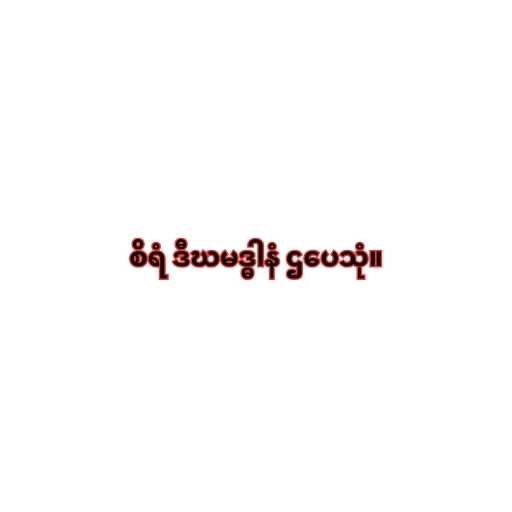
စိရံ ဒီဃမဒ္ဓါနံ ဌပေသုံ။